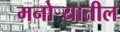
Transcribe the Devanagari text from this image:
मनोर्‍यातील